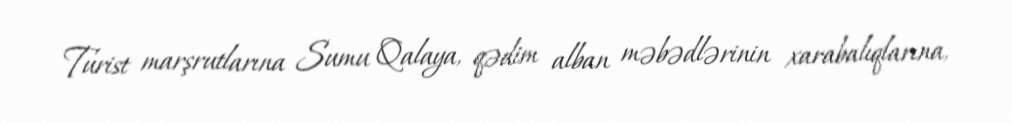
Turist marşrutlarına Sumu Qalaya, qədim alban məbədlərinin xarabalıqlarına,